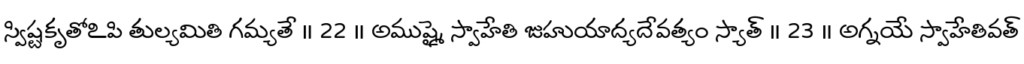
స్విష్టకృతోఽపి తుల్యమితి గమ్యతే ॥ 22 ॥ అముష్మై స్వాహేతి జుహుయాద్యదేవత్యం స్యాత్ ॥ 23 ॥ అగ్నయే స్వాహేతివత్